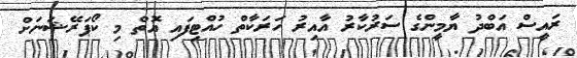
ރައީސް އަބްދު ޔާމީންގެ ސަރުކާރު އާއިރު ހަރަކާތް ހުއްޓިފައި އޮތް މި ކޯޕަރޭޝަނަށް